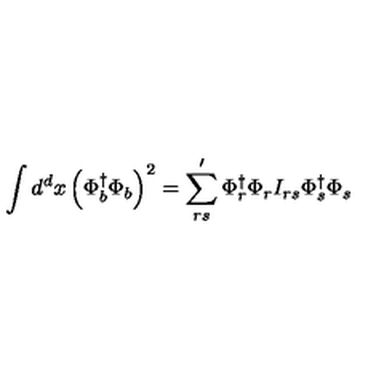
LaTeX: \int d ^ { d } x \left( \Phi _ { b } ^ { \dagger } \Phi _ { b } \right) ^ { 2 } = \sum _ { r s } ^ { \prime } \Phi _ { r } ^ { \dagger } \Phi _ { r } I _ { r s } \Phi _ { s } ^ { \dagger } \Phi _ { s }